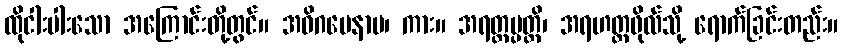
ထိုငါးပါးသော အကြောင်းတို့တွင်။ အဓိဂမေနာမ၊ ကား။ အရတ္တပ္ပတ္တိ၊ အရဟတ္တဖိုလ်သို့ ရောက်ခြင်းတည်း။